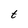
Character: t